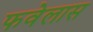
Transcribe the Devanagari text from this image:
फवेलास